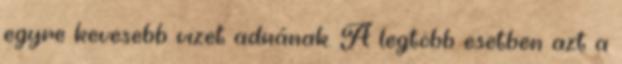
egyre kevesebb vizet adnának. A legtöbb esetben azt a